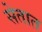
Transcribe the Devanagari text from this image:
सेतात